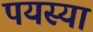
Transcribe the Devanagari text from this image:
पयस्या